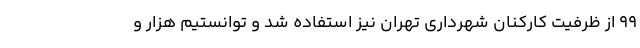
99 از ظرفیت کارکنان شهرداری تهران نیز استفاده شد و توانستیم هزار و